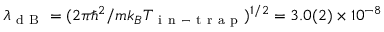
\lambda _ { \mathrm { ~ d ~ B ~ } } = ( 2 \pi \hbar ^ { 2 } / m k _ { B } T _ { \mathrm { ~ i ~ n ~ - ~ t ~ r ~ a ~ p ~ } } ) ^ { 1 / 2 } = 3 . 0 ( 2 ) \times 1 0 ^ { - 8 }